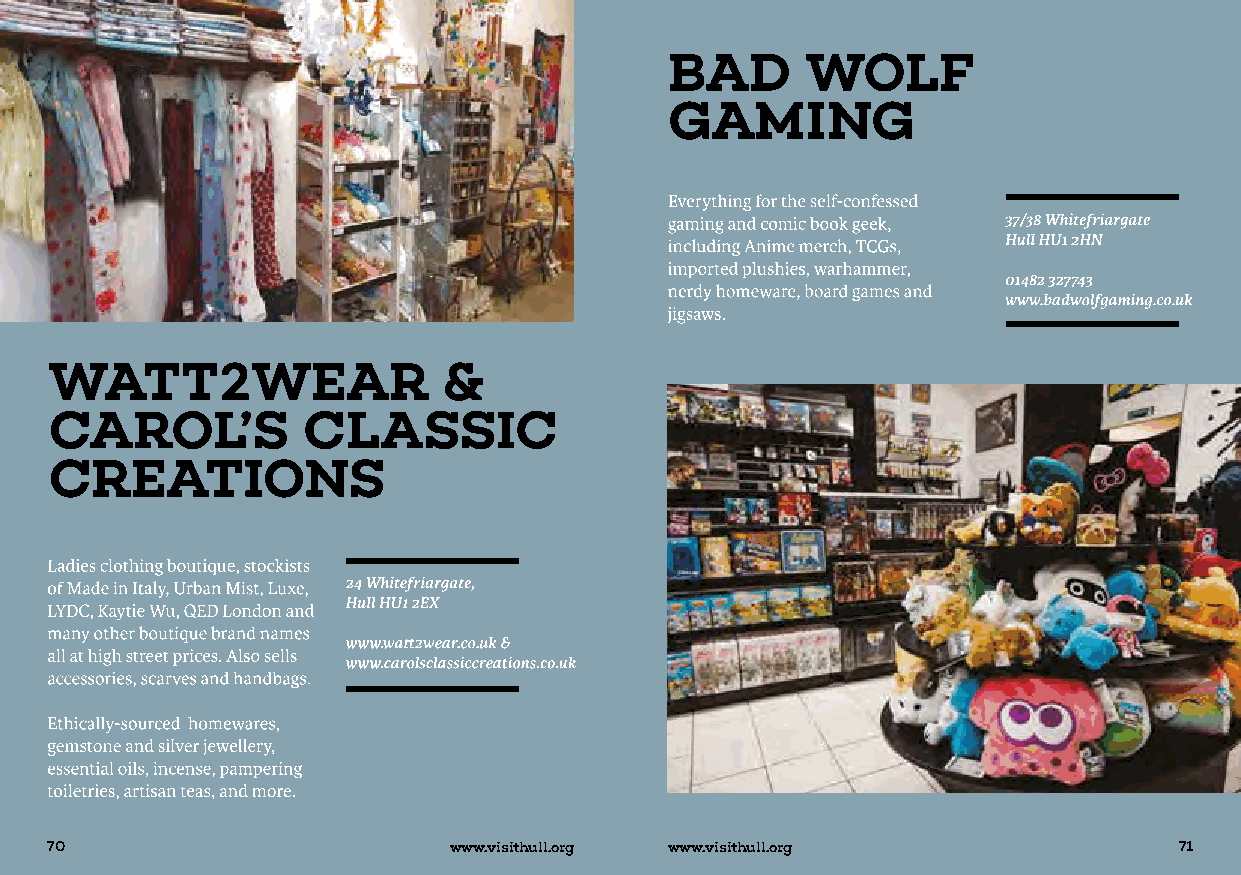
70                         www.visithull.org www.visithull.org             71